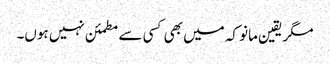
مگر یقین مانو کہ میں بھی کسی سے مطمئن نہیں ہوں۔